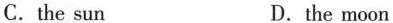
C. the sun D. the moon